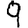
Digit: 9